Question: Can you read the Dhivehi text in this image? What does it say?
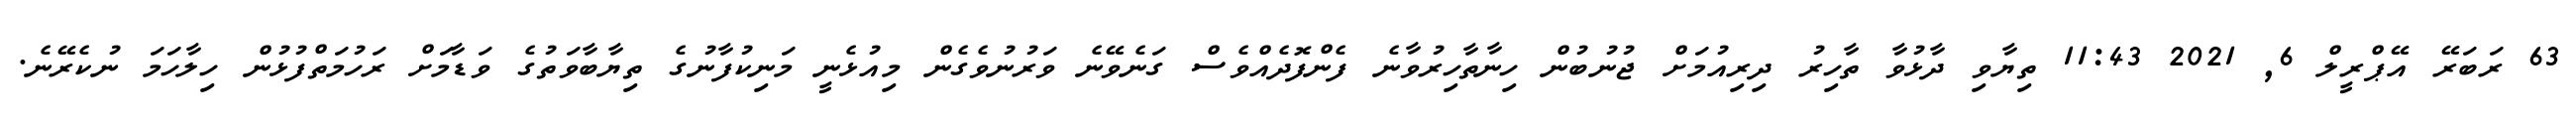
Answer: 63 ރަބަރޭ އޭޕްރީލް 6, 2021 11:43 ތިޔާވި ދާޅުވާ ތާހިރު ދިރިއުމަށް ޖުނުބުން ހިނާތާހިރުވާނެ ފެންފޮދެއްވެސް ގަނެވޭނެ ވަރުނުވެގެން މިއުޅެނީ މަނިކުފާނުގެ ތިޔާބާވަތުގެ ވަޑާމަށް ރަހުމަތްފުޅުން ހިލާހަމަ ނުކެރޭނެ.